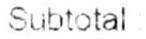
SUBTOTAL :